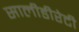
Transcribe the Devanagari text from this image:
सालीडीरेटी